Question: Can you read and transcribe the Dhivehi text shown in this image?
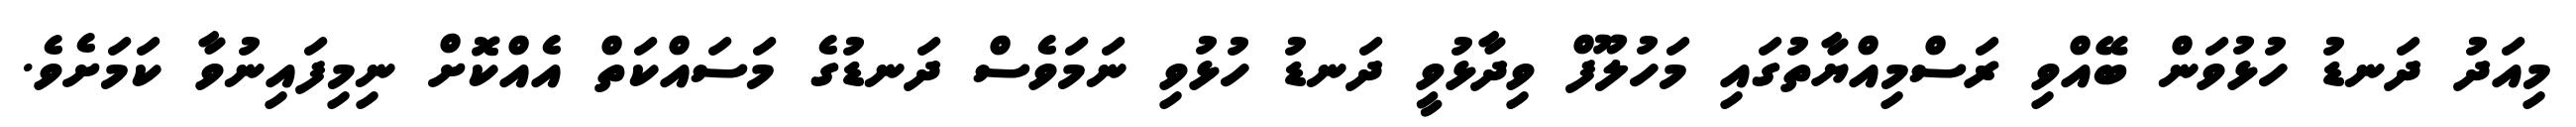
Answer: މިއަދު ދަނޑު ހުޅުވަން ބޭއްވި ރަސްމިއްޔާތުގައި މަހުލޫފް ވިދާޅުވީ ދަނޑު ހުޅުވި ނަމަވެސް ދަނޑުގެ މަސައްކަތް އެއްކޮށް ނިމިފައިނުވާ ކަމަށެވެ.